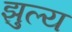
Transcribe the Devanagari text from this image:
झुल्य